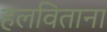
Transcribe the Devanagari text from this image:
हलविताना